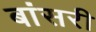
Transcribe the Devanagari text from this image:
बांसरी